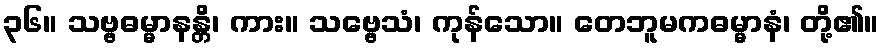
၃၆။ သဗ္ဗဓမ္မာနန္တိ၊ ကား။ သဗ္ဗေသံ၊ ကုန်သော။ တေဘူမကဓမ္မာနံ၊ တို့၏။